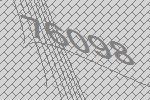
76098